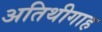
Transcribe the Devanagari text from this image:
अतिथीगाह